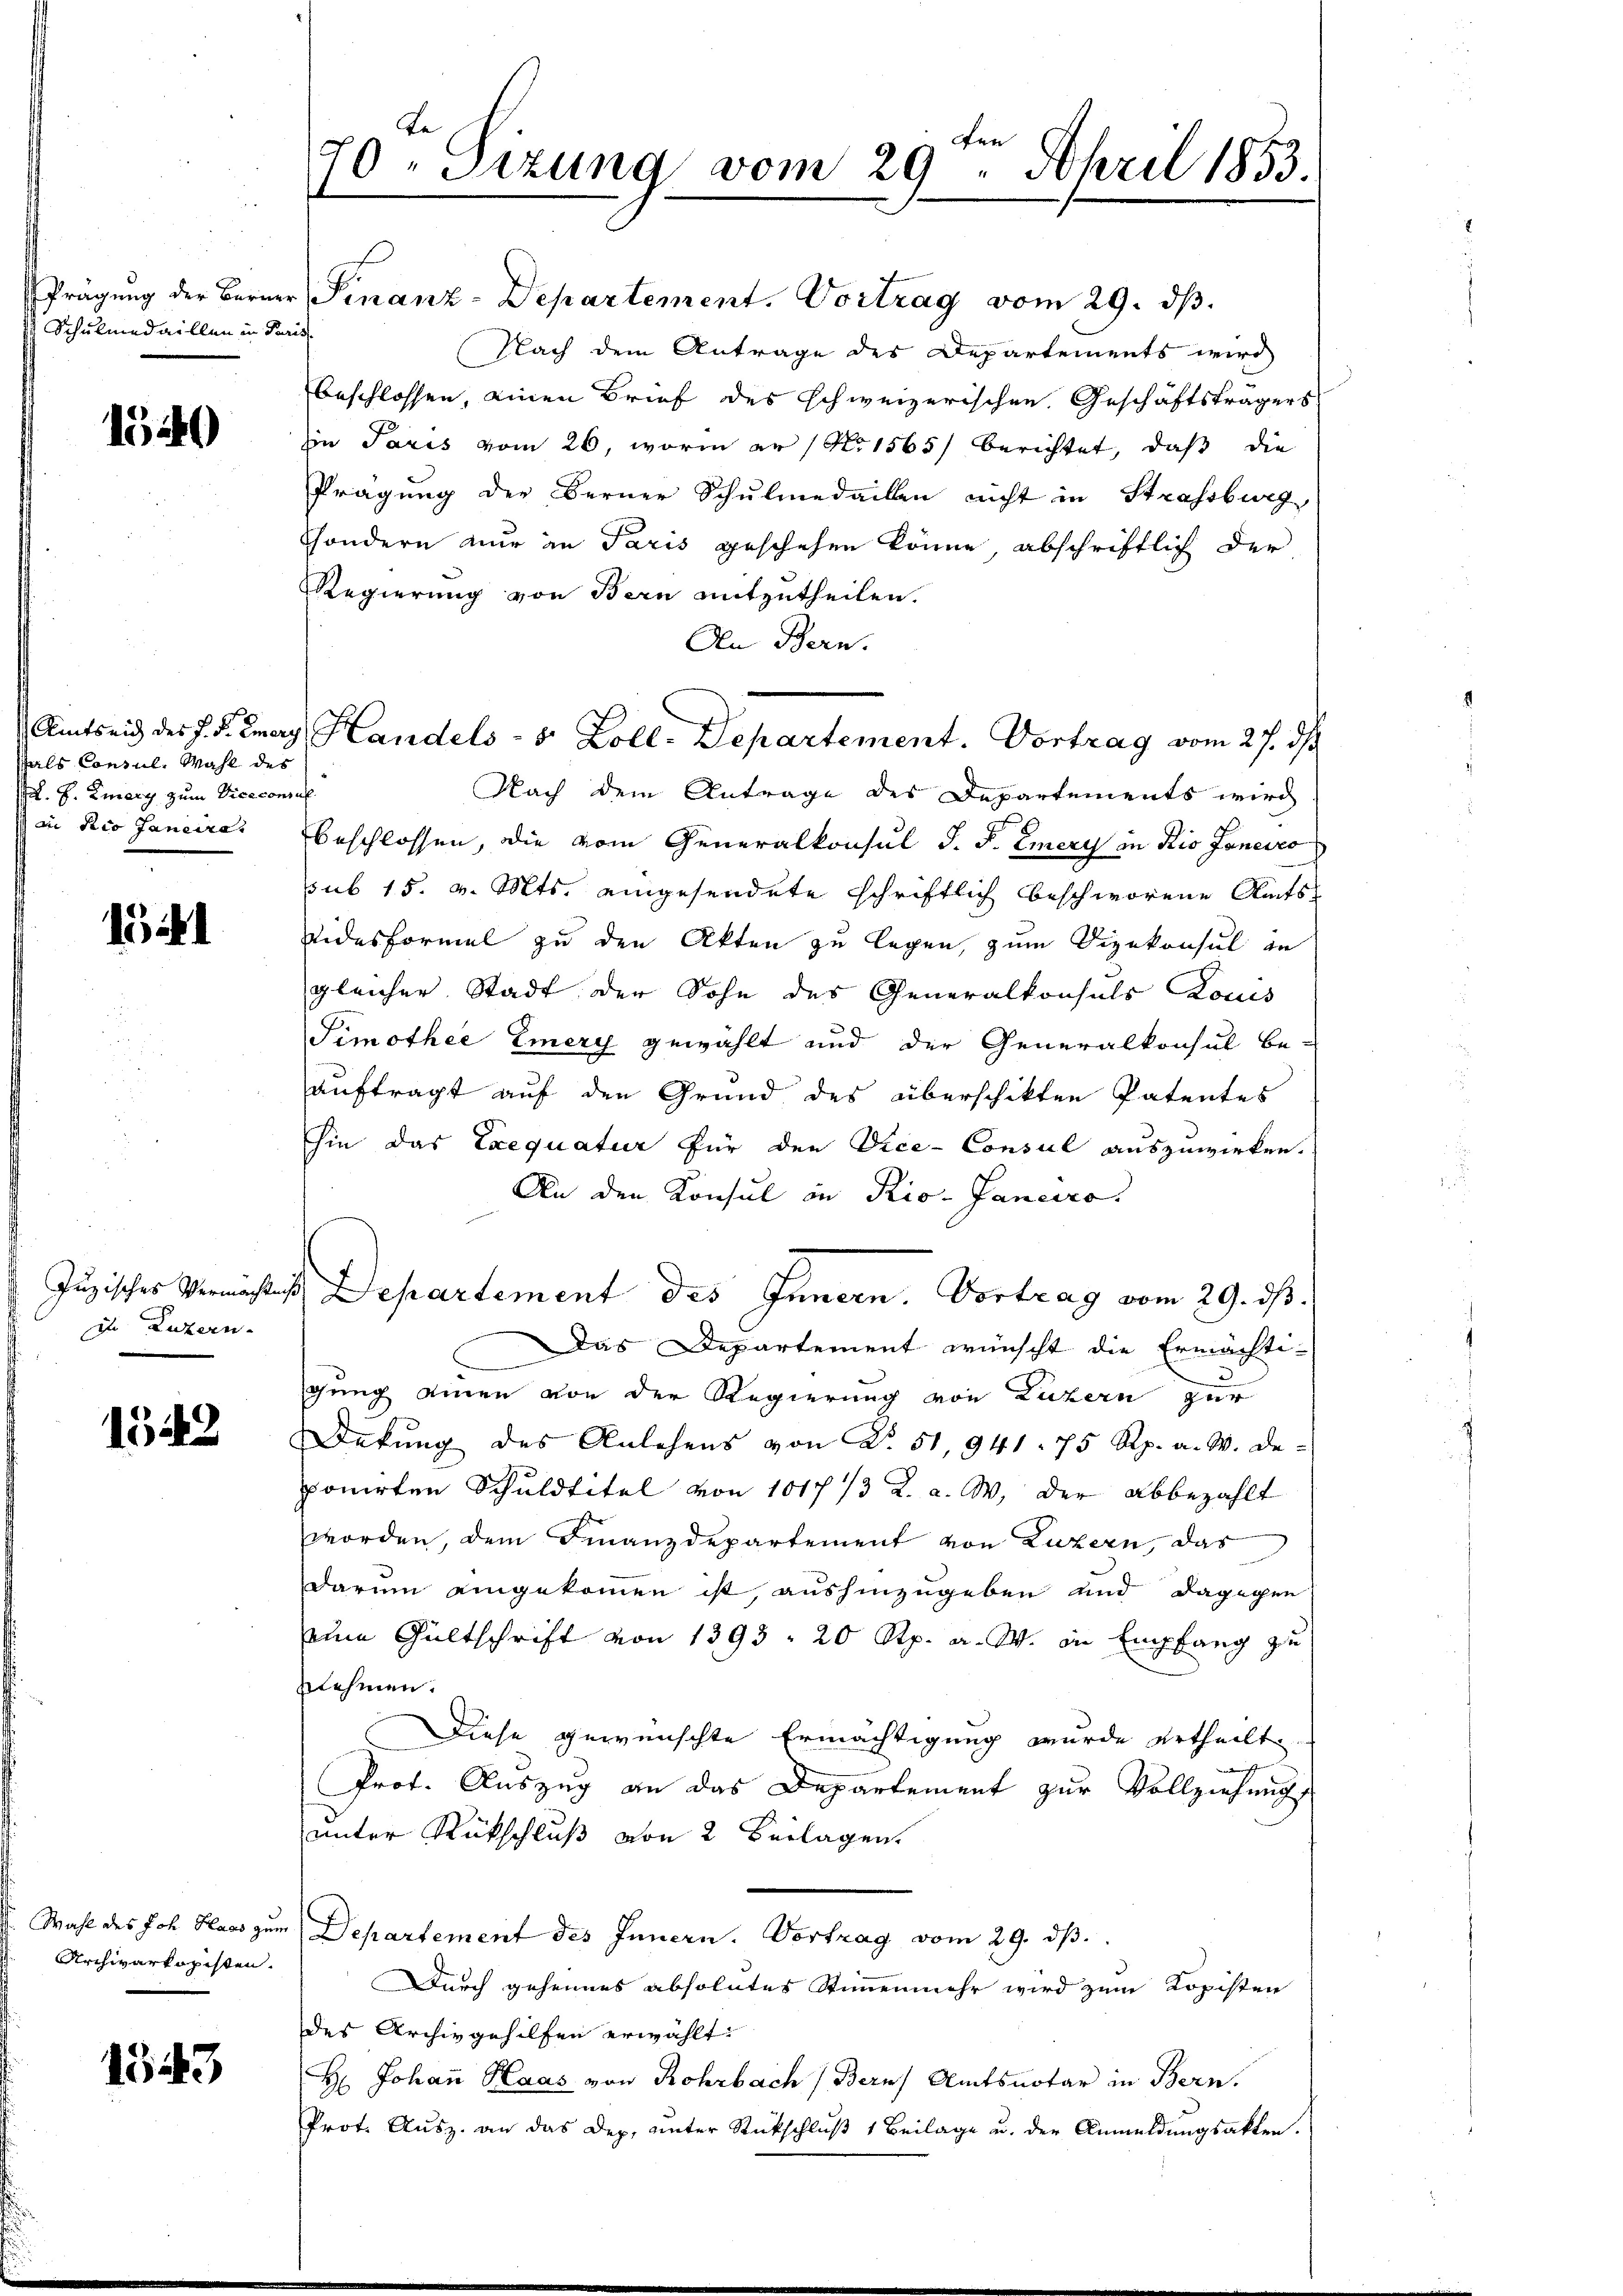
Schulmedaillen in Paris

1540

fals Consul, Wahl des
P. H. Emary zum Viceconsul
di die Janeires

1541

d Luzern.

1548

Wahl des Joh. Hass zum
Archivarkopisten.

1343

70. Sizung vom 29. April 1853.

Prägŭng der Berner Finanz-Departement. Vortrag vom 29. dβ.
Nach dem Antrage des Departements wird
beschlossen, einen Brief des schweizerischen Geschäftsträgers
in Paris vom 26, worin an (No 1565) berichtet, daß die
Prägung der Ferner Schulmedaillen nicht in Strassburg
Sondern nur in Paris geschehen könne, abschriftlich der
Regierung von Bern mitzutheilen.
An Bern.
Nach dem Antrage des Departements wird
beschlossen, die vom Generalkonsul J. F. Emery in Rio Janeiro
ssub 15. v. Mts. eingesendete schriftlich beschworene Amtsidesformel zu den Akten zu legen, zum Vizekonsul in
gleicher Stadt, der Sohn des Generalkonsuls Louis
Pimothee Emery gewählt und der Generalkonsul be-
auftragt auf den Grund des überschikten Patentes
hin das Exequatur für den Vice-Consul auszuwirken.
An den Konsul in Rio. Janeiro.
Jugischer Vermächtes Departement des Innern. Vortrag vom 29. ds.
Das Departement wünscht die Ermächti-
n
gung einen von der Regierung von Luzern zur
Dekung des Anlehens von N. 51, 941. 75 Rp. a. W. Deponirten Schuldtitel von 1017/3 R. a. W. der abbezahlt
worden, dem Finanzdepartement von Luzern, das
darum eingekommen ist, aushinzugeben und dagegen
eine Gültschrift von 1393. 20 Rp. a. W. in Empfang zu
Enehmen.
Diese gewünschte Ermächtigung wurde ertheilt
E
widrig
Prof. Auszug an das Departement zur Vollziehung
unter Rückschluß von 2 Beilagen
Departement des Innern. Vortrag vom 29. dβ.
Durch geheimes absolutes Stimmenmehr wird zum Kopisten
des Archiv gehilfen erwählt:
H: Johan Haas von Rohrbach Bern Amtsnotar in Bern.
Prot. Ausz. an das Dep. unter Rückschluß 1 Beilage u. der Anmeldungsakten.

Amtseid des J. P. Emary Handels- 8 Zoll-Departement. Vortrag vom 27. ds.